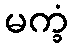
မက္ခံ